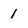
Character: 1